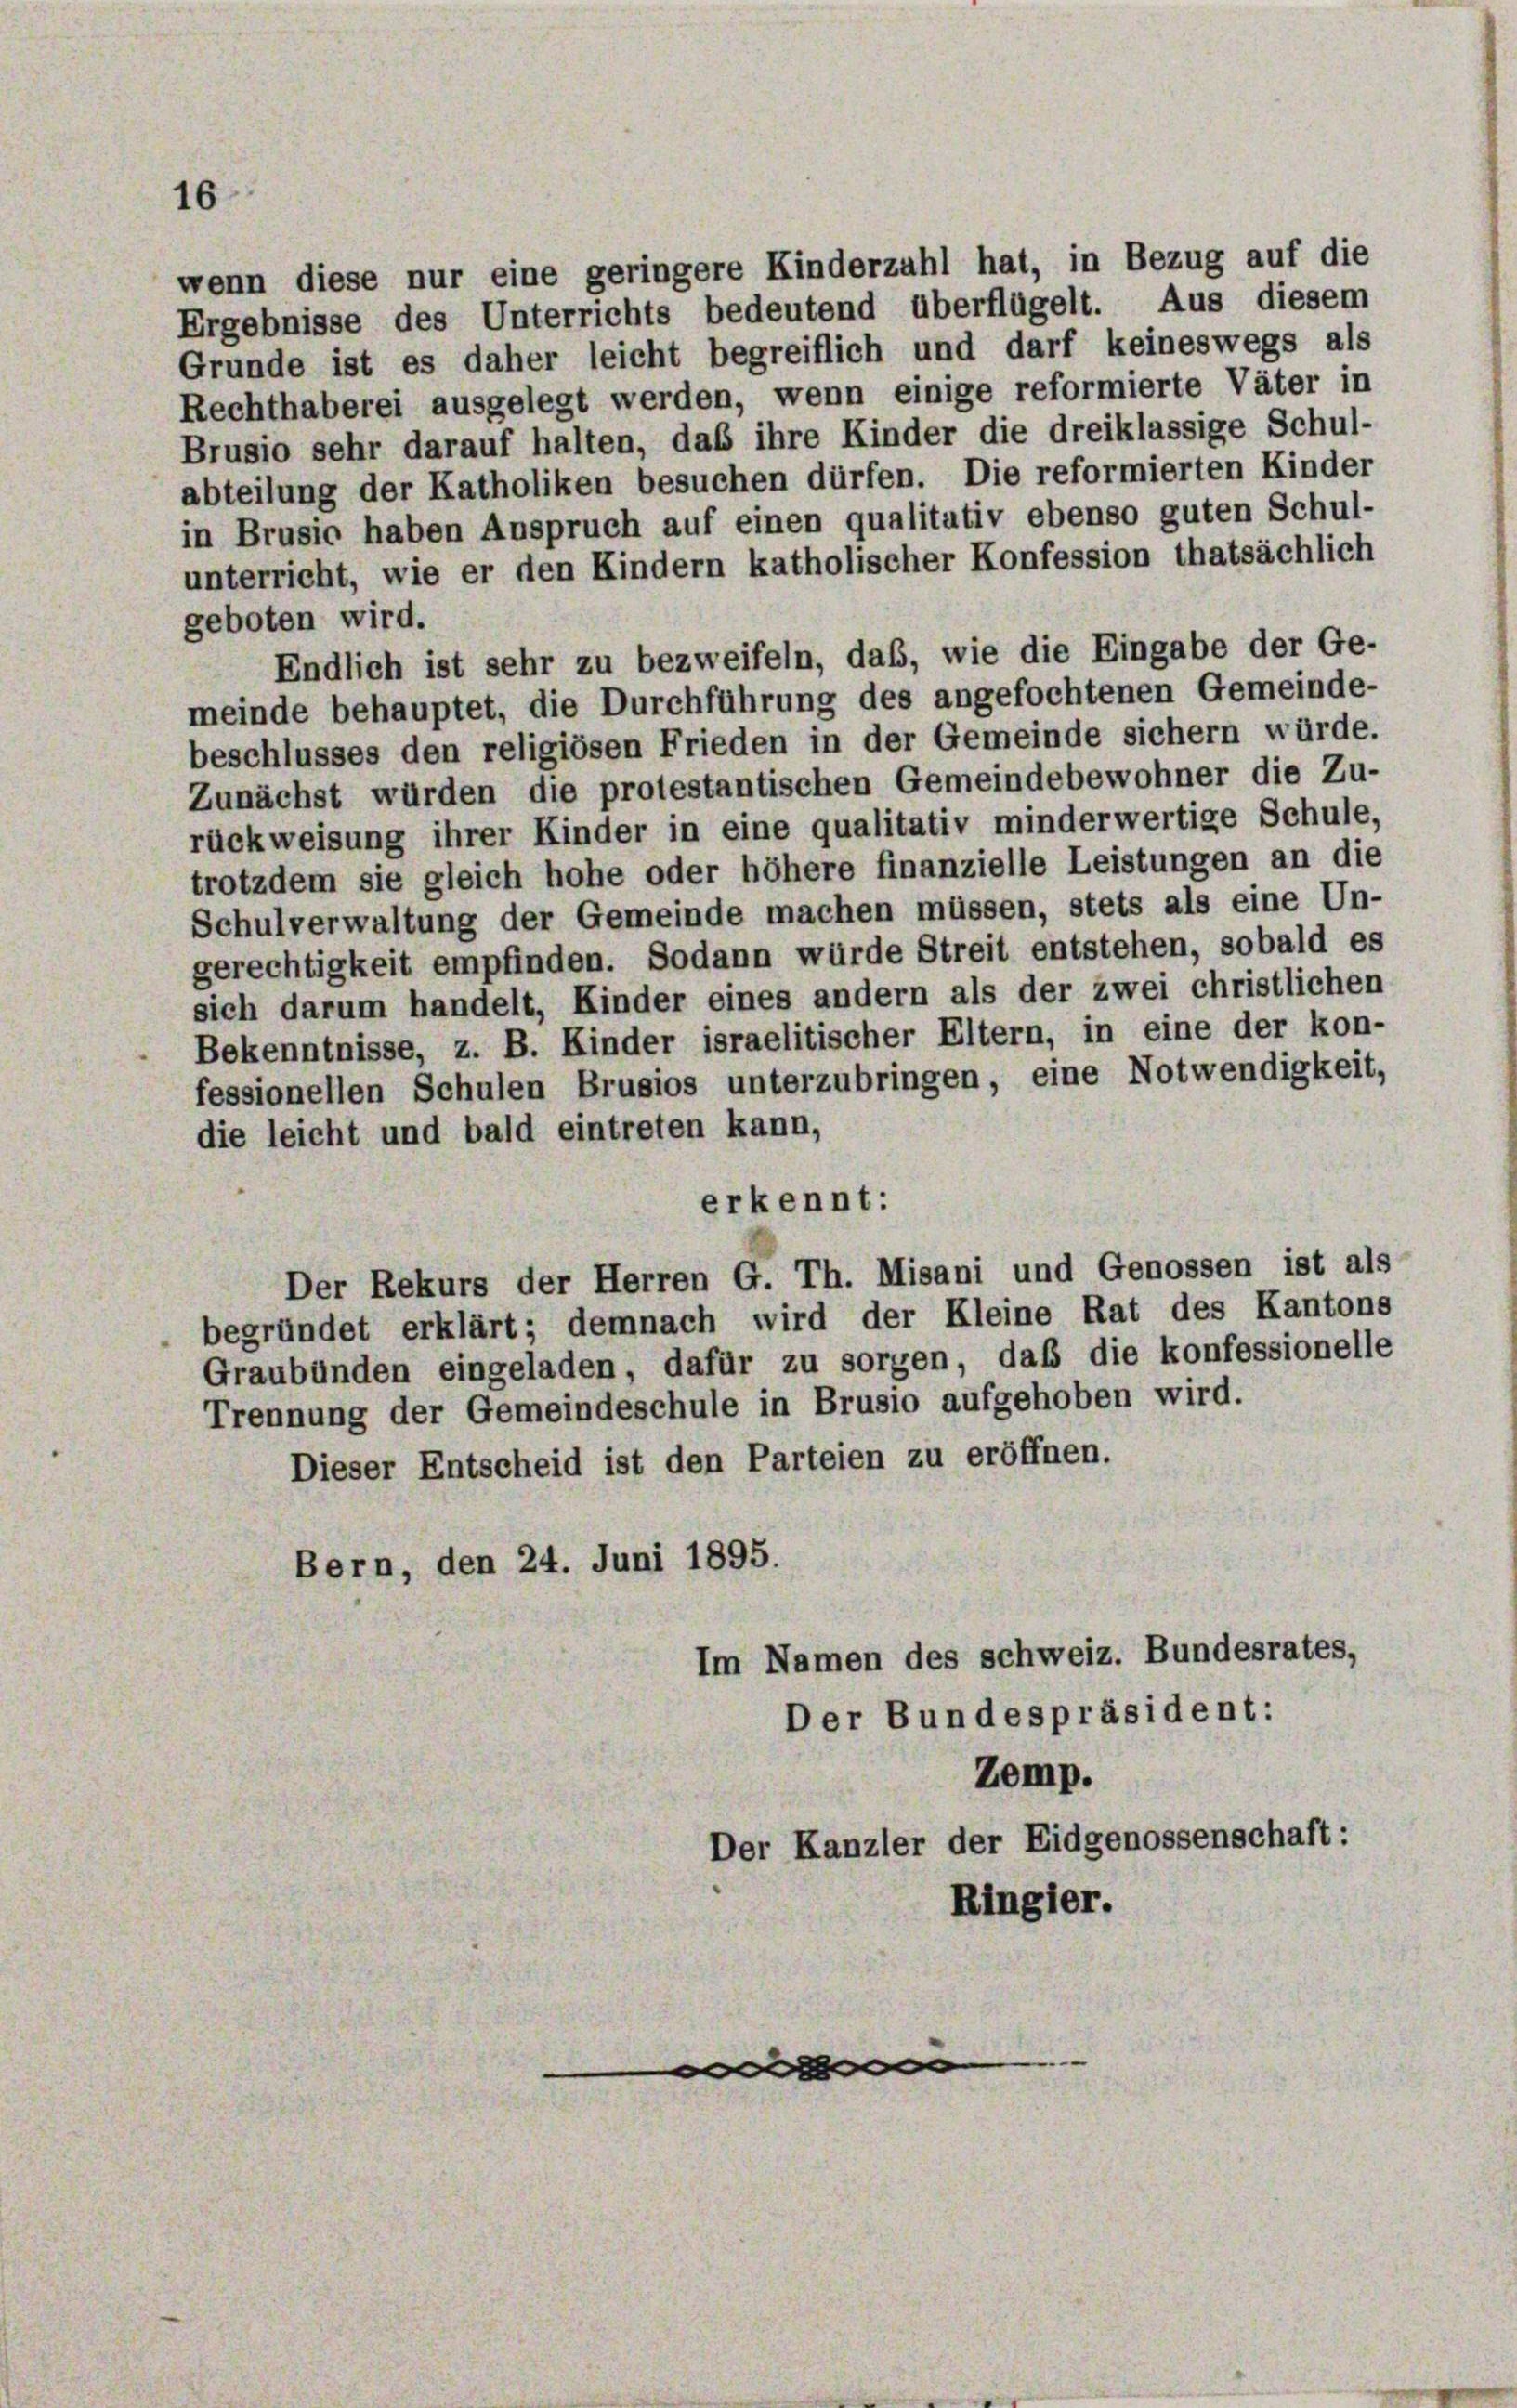
16

wenn diese nur eine geringere Kinderzahl hat, in Bezug auf die
Ergebnisse des Unterrichts bedeutend überflügelt. Aus diesem
Grunde ist es daher leicht begreiflich und darf keineswegs als
Rechthaberei ausgelegt werden, wenn einige reformierte Väter in
Brusio sehr darauf halten, daß ihre Kinder die dreiklassige Schul-
abteilung der Katholiken besuchen dürfen. Die reformierten Kinder
in Brusio haben Anspruch auf einen qualitativ ebenso guten Schul-
unterricht, wie er den Kindern katholischer Konfession thatsächlich
geboten wird.
Endlich ist sehr zu bezweifeln, daß, wie die Eingabe der Ge-
meinde behauptet, die Durchführung des angefochtenen Gemeinde-
beschlusses den religiösen Frieden in der Gemeinde sichern würde.
Zunächst würden die protestantischen Gemeindebewohner die Zu-
rückweisung ihrer Kinder in eine qualitativ minderwertige Schule,
trotzdem sie gleich hohe oder höhere finanzielle Leistungen an die
Schulverwaltung der Gemeinde machen müssen, stets als eine Un-
gerechtigkeit empfinden. Sodann würde Streit entstehen, sobald es
sich darum handelt, Kinder eines andern als der zwei christlichen
Bekenntnisse, z. B. Kinder israelitischer Eltern, in eine der kon-
fessionellen Schulen Brusios unterzubringen, eine Notwendigkeit,
die leicht und bald eintreten kann,
erkennt:
Der Rekurs der Herren G. Th. Misani und Genossen ist als
begründet erklärt; demnach wird der Kleine Rat des Kantons
Graubünden eingeladen, dafür zu sorgen, daß die konfessionelle
Trennung der Gemeindeschule in Brusio aufgehoben wird.
Dieser Entscheid ist den Parteien zu eröffnen.
Bern, den 24. Juni 1895.
Im Namen des schweiz. Bundesrates,
Der Bundespräsident:
Zemp.
Der Kanzler der Eidgenossenschaft:
Ringier.